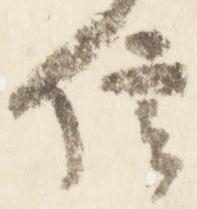
信